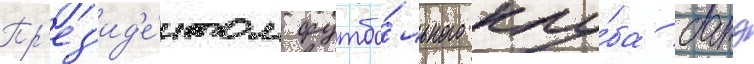
Пр'ез'ид'е́нтом футбо́льного клу́ба батэ